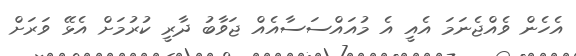
އެހެން ވެއްޖެނަމަ އެއީ އެ މުއައްސަސާއެއް ޖަވާބު ދާރީ ކުރުމަށް އެޅޭ ވަރަށް